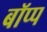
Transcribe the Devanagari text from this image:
बॉप्प